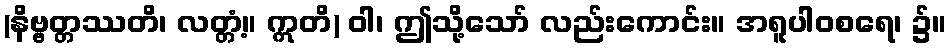
(နိဗ္ဗတ္တဿတိ၊ လတ္တံ့။ ဣတိ) ဝါ၊ ဤသို့သော် လည်းကောင်း။ အရူပါဝစရေ၊ ၌။